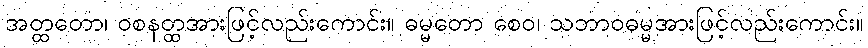
အတ္ထတော၊ ဝစနတ္ထအားဖြင့်လည်းကောင်း။ ဓမ္မတော စေဝ၊ သဘာဝဓမ္မအားဖြင့်လည်းကောင်း။